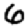
Digit: 6